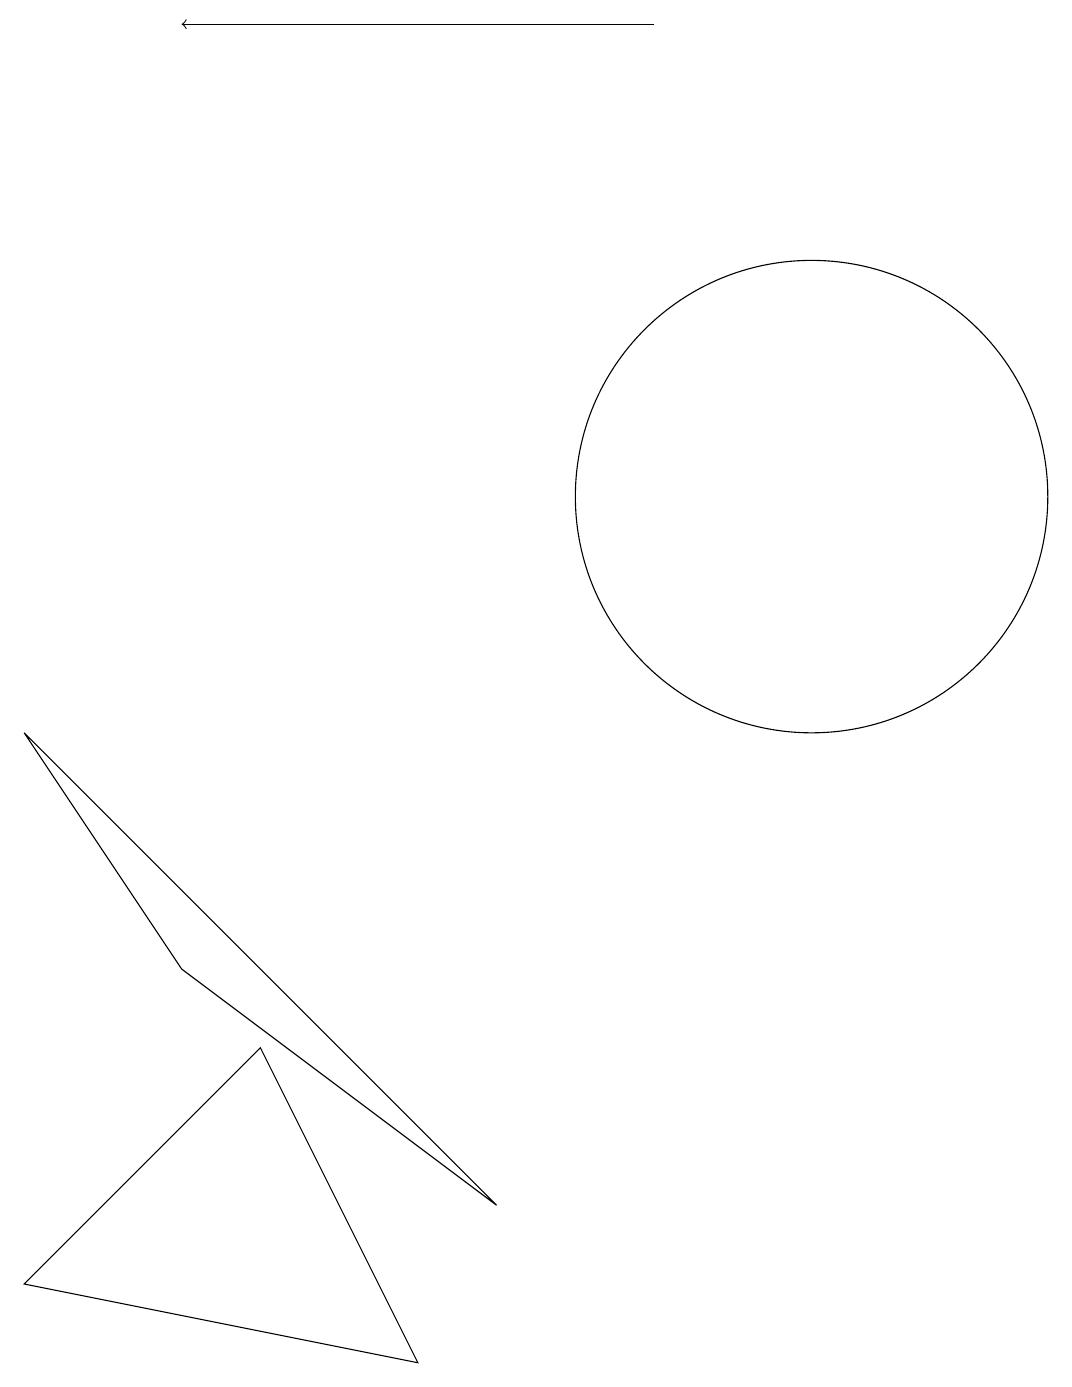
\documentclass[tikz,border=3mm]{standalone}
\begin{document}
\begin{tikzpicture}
\draw[->] (8,17) -- (2,17);
\draw (10,11) circle (3);
\draw (5,0) -- (0,1) -- (3,4) -- cycle;
\draw (2,5) -- (0,8) -- (6,2) -- cycle;
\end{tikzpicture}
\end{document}